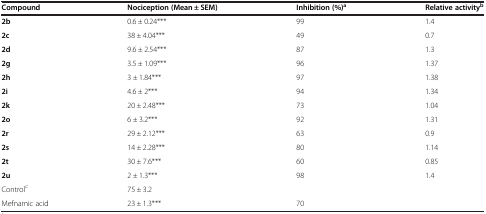
| Compound | Nociception (Mean ± SEM) | Inhibition (%)a | Relative activityb |
 | --- | --- | --- | --- |
 | 2b | 0.6 ± 0.24*** | 99 | 1.4 |
 | 2c | 38 ± 4.04*** | 49 | 0.7 |
 | 2d | 9.6 ± 2.54*** | 87 | 1.3 |
 | 2g | 3.5 ± 1.09*** | 96 | 1.37 |
 | 2h | 3 ± 1.84*** | 97 | 1.38 |
 | 2i | 4.6 ± 2*** | 94 | 1.34 |
 | 2k | 20 ± 2.48*** | 73 | 1.04 |
 | 2o | 6 ± 3.2*** | 92 | 1.31 |
 | 2r | 29 ± 2.12*** | 63 | 0.9 |
 | 2s | 14 ± 2.28*** | 80 | 1.14 |
 | 2t | 30 ± 7.6*** | 60 | 0.85 |
 | 2u | 2 ± 1.3*** | 98 | 1.4 |
 | Controlc | 75 ± 3.2 |  |  |
 | Mefnamic acid | 23 ± 1.3*** | 70 |  |